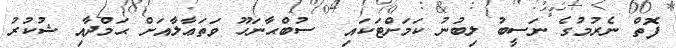
ފޮތް ނެރުމުގެ ނަސީބު ލިބުނު ކަމަށްޓަކައި  ސުބްޙާނަހޫ ވަތަޢާލާއަށް ޙަމްދާއި ޝުކުރު